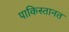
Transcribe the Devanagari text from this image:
पाकिस्तानत